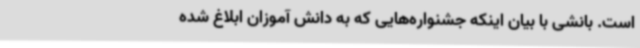
است. بانشی با بیان اینکه جشنواره‌هایی که به دانش آموزان ابلاغ شده